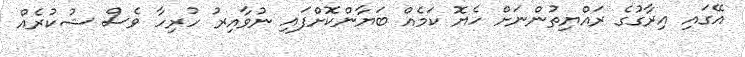
އޭގައި އިރާގުގެ ރައްޔިތުންނަށް ހެޔޮ ކަމެއް ބަޔާންކޮށްފައި ނުވާއިރު ހުރިހާ ވެސް ޝުކުރެއް